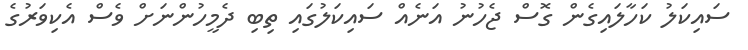
ސައިކަލު ކަހާލައިގެން ގޮސް ޖެހުނު އަނެއް ސައިކަލުގައި ތިބި ދެމީހުންނަށް ވެސް އެކިވަރުގެ